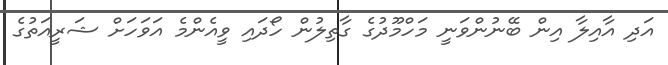
އަދި އާއިލާ އިން ބޭނުންވަނީ މަހްމޫދުގެ ގާތިލުން ހޯދައި ވީއެންމެ އަވަހަށް ޝަރީއަތުގެ